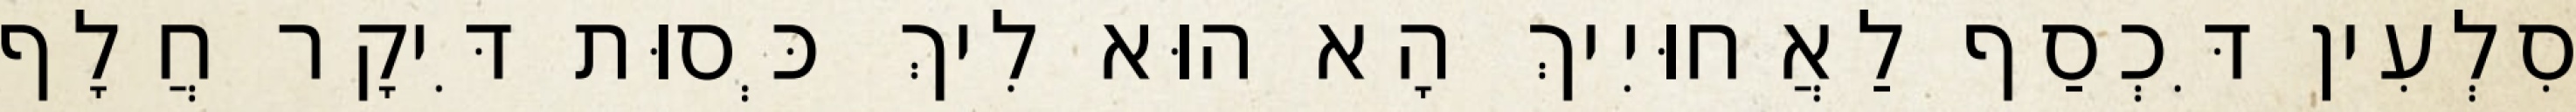
סִלְעִין דִּכְסַף לַאֲחוּיִיךְ הָא הוּא לִיךְ כְּסוּת דִּיקָר חֲלָף